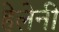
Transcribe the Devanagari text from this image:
हेलेनी